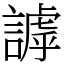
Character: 謼